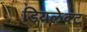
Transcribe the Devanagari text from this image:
डियलेक्ट